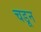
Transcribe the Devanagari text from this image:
चडून